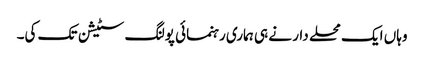
وہاں ایک محلے دار نے ہی ہماری رہنمائی پولنگ سٹیشن تک کی۔